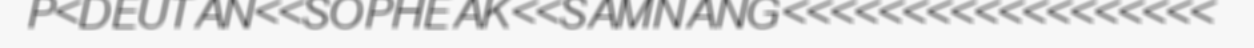
P<DEUTAN<<SOPHEAK<<SAMNANG<<<<<<<<<<<<<<<<<<